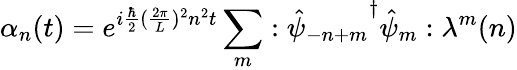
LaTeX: \alpha_{n}(t)=e^{i{\frac{\hbar}{2}}({\frac{2\pi}{L}})^{2}n^{2}t}\sum_{m}:{\hat{\psi}_{-n+m}}^{\dagger}\hat{\psi}_{m}:\lambda^{m}(n)